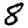
Digit: 8